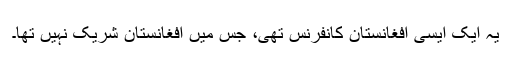
یہ ایک ایسی افغانستان کانفرنس تھی، جس میں افغانستان شریک نہیں تھا۔